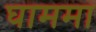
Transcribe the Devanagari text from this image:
घाममा